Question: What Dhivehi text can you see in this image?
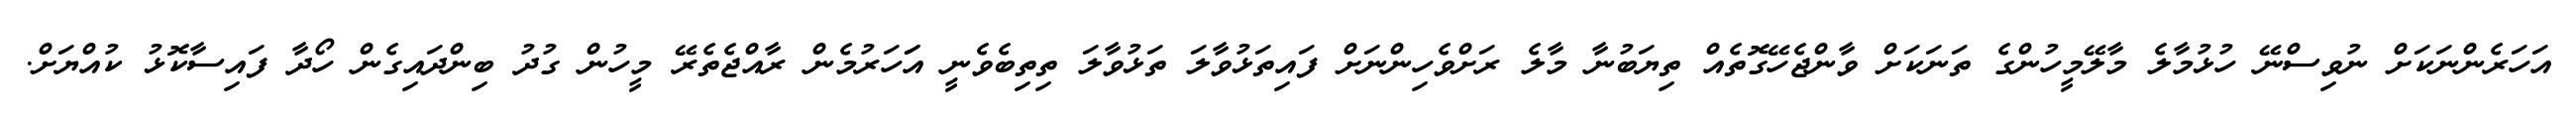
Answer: އަހަރެންނަކަށް ނުވިސްނޭ ހުޅުމާލެ މާލޭމީހުންގެ ތަނަކަށް ވާންޖެހޭގޮތެއް ތިޔަބުނާ މާލެ ރަށްވެހިންނަށް ފައިތަޅުވާލަ ތަޅުވާލަ ތިތިބެވެނީ އަަހަރުމެން ރާއްޖެތެރޭ މީހުން ގުދު ބިންދައިގެން ހޯދާ ފައިސާކޮޅު ކުއްޔަށް.